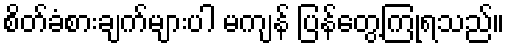
စိတ်ခံစားချက်များပါ မကျန် ပြန်တွေ့ကြုံရသည်။